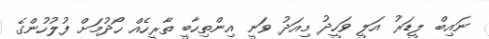
ނައިބް ލީޑަރު އަލީ ވަހީދު މިއަދު ވަނީ އިންތިހާބީ ތާރީހެއް ހޯދުމަށް ފުލުހުންގެ